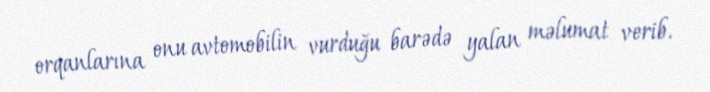
orqanlarına onu avtomobilin vurdu­ğu barədə yalan məlu­mat verib.